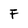
Character: F